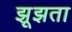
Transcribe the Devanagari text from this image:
झूझता